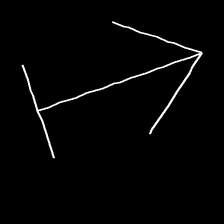
Glyph: levitation